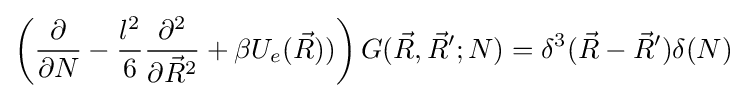
\left({\frac {\partial }{\partial N}}-{\frac {l^{2}}{6}}{\frac {\partial ^{2}}{\partial {\vec {R}}^{2}}}+\beta U_{e}({\vec {R}}))\right)G({\vec {R}},{\vec {R}}';N)=\delta ^{3}({\vec {R}}-{\vec {R}}')\delta (N)